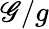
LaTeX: \mathscr{G}/g